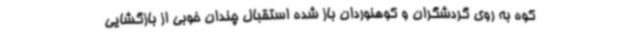
کوه به روی گردشگران و کوهنوردان باز شده استقبال چندان خوبی از بازگشایی